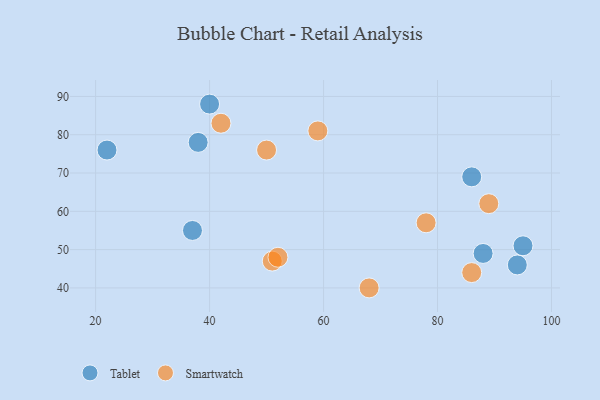
{"axis": {"x": "GDP", "y": "Life Expectancy"}, "legend": ["Smartwatch", "Tablet"], "data": [{"x": "86", "y": 69, "type": "Tablet"}, {"x": "88", "y": 49, "type": "Tablet"}, {"x": "40", "y": 88, "type": "Tablet"}, {"x": "22", "y": 76, "type": "Tablet"}, {"x": "95", "y": 51, "type": "Tablet"}, {"x": "37", "y": 55, "type": "Tablet"}, {"x": "94", "y": 46, "type": "Tablet"}, {"x": "38", "y": 78, "type": "Tablet"}, {"x": "78", "y": 57, "type": "Smartwatch"}, {"x": "42", "y": 83, "type": "Smartwatch"}, {"x": "68", "y": 40, "type": "Smartwatch"}, {"x": "89", "y": 62, "type": "Smartwatch"}, {"x": "51", "y": 47, "type": "Smartwatch"}, {"x": "52", "y": 48, "type": "Smartwatch"}, {"x": "86", "y": 44, "type": "Smartwatch"}, {"x": "50", "y": 76, "type": "Smartwatch"}, {"x": "59", "y": 81, "type": "Smartwatch"}]}